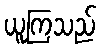
ယူကြသည်